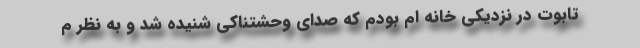
تابوت در نزدیکی خانه ام بودم که صدای وحشتناکی شنیده شد و به نظر م